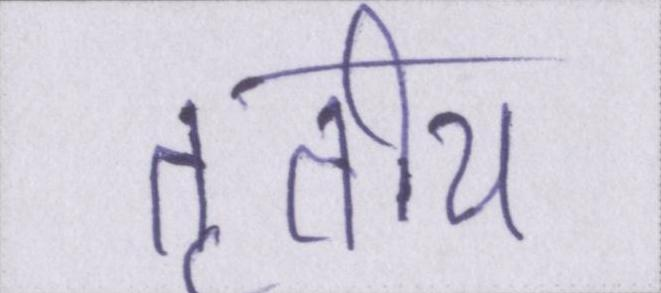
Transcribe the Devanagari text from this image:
तृतीय